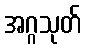
အဂ္ဂသုတ်